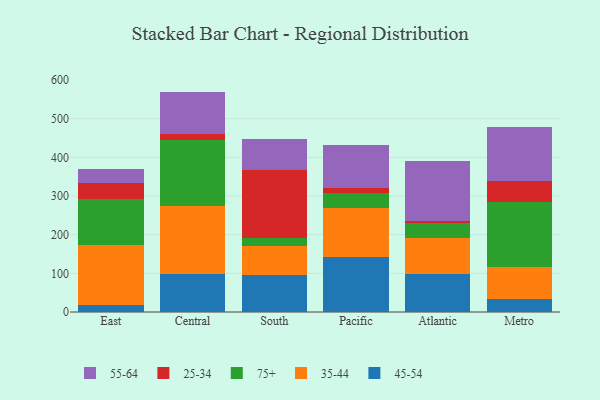
{"axis": {"x": "Region", "y": "Satisfaction Score"}, "legend": ["25-34", "35-44", "45-54", "55-64", "75+"], "data": [{"x": "East", "y": 18.4, "type": "45-54"}, {"x": "East", "y": 155.4, "type": "35-44"}, {"x": "East", "y": 119.6, "type": "75+"}, {"x": "East", "y": 39.4, "type": "25-34"}, {"x": "East", "y": 36.7, "type": "55-64"}, {"x": "Central", "y": 97.4, "type": "45-54"}, {"x": "Central", "y": 176.1, "type": "35-44"}, {"x": "Central", "y": 171.4, "type": "75+"}, {"x": "Central", "y": 15.5, "type": "25-34"}, {"x": "Central", "y": 109.7, "type": "55-64"}, {"x": "South", "y": 95.4, "type": "45-54"}, {"x": "South", "y": 76.1, "type": "35-44"}, {"x": "South", "y": 18.8, "type": "75+"}, {"x": "South", "y": 177.5, "type": "25-34"}, {"x": "South", "y": 80.8, "type": "55-64"}, {"x": "Pacific", "y": 141.6, "type": "45-54"}, {"x": "Pacific", "y": 127.1, "type": "35-44"}, {"x": "Pacific", "y": 38.1, "type": "75+"}, {"x": "Pacific", "y": 13.9, "type": "25-34"}, {"x": "Pacific", "y": 111.7, "type": "55-64"}, {"x": "Atlantic", "y": 97.2, "type": "45-54"}, {"x": "Atlantic", "y": 95.3, "type": "35-44"}, {"x": "Atlantic", "y": 37.8, "type": "75+"}, {"x": "Atlantic", "y": 6.3, "type": "25-34"}, {"x": "Atlantic", "y": 154.3, "type": "55-64"}, {"x": "Metro", "y": 33.2, "type": "45-54"}, {"x": "Metro", "y": 83.2, "type": "35-44"}, {"x": "Metro", "y": 167.4, "type": "75+"}, {"x": "Metro", "y": 53.9, "type": "25-34"}, {"x": "Metro", "y": 140.8, "type": "55-64"}]}